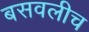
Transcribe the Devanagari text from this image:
बसवलीच